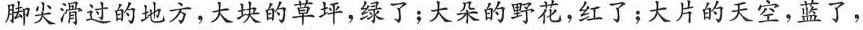
脚尖滑过的地方，大块的草坪，绿了；大朵的野花，红了；大片的天空，蓝了